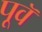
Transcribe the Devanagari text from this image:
पूवॅ